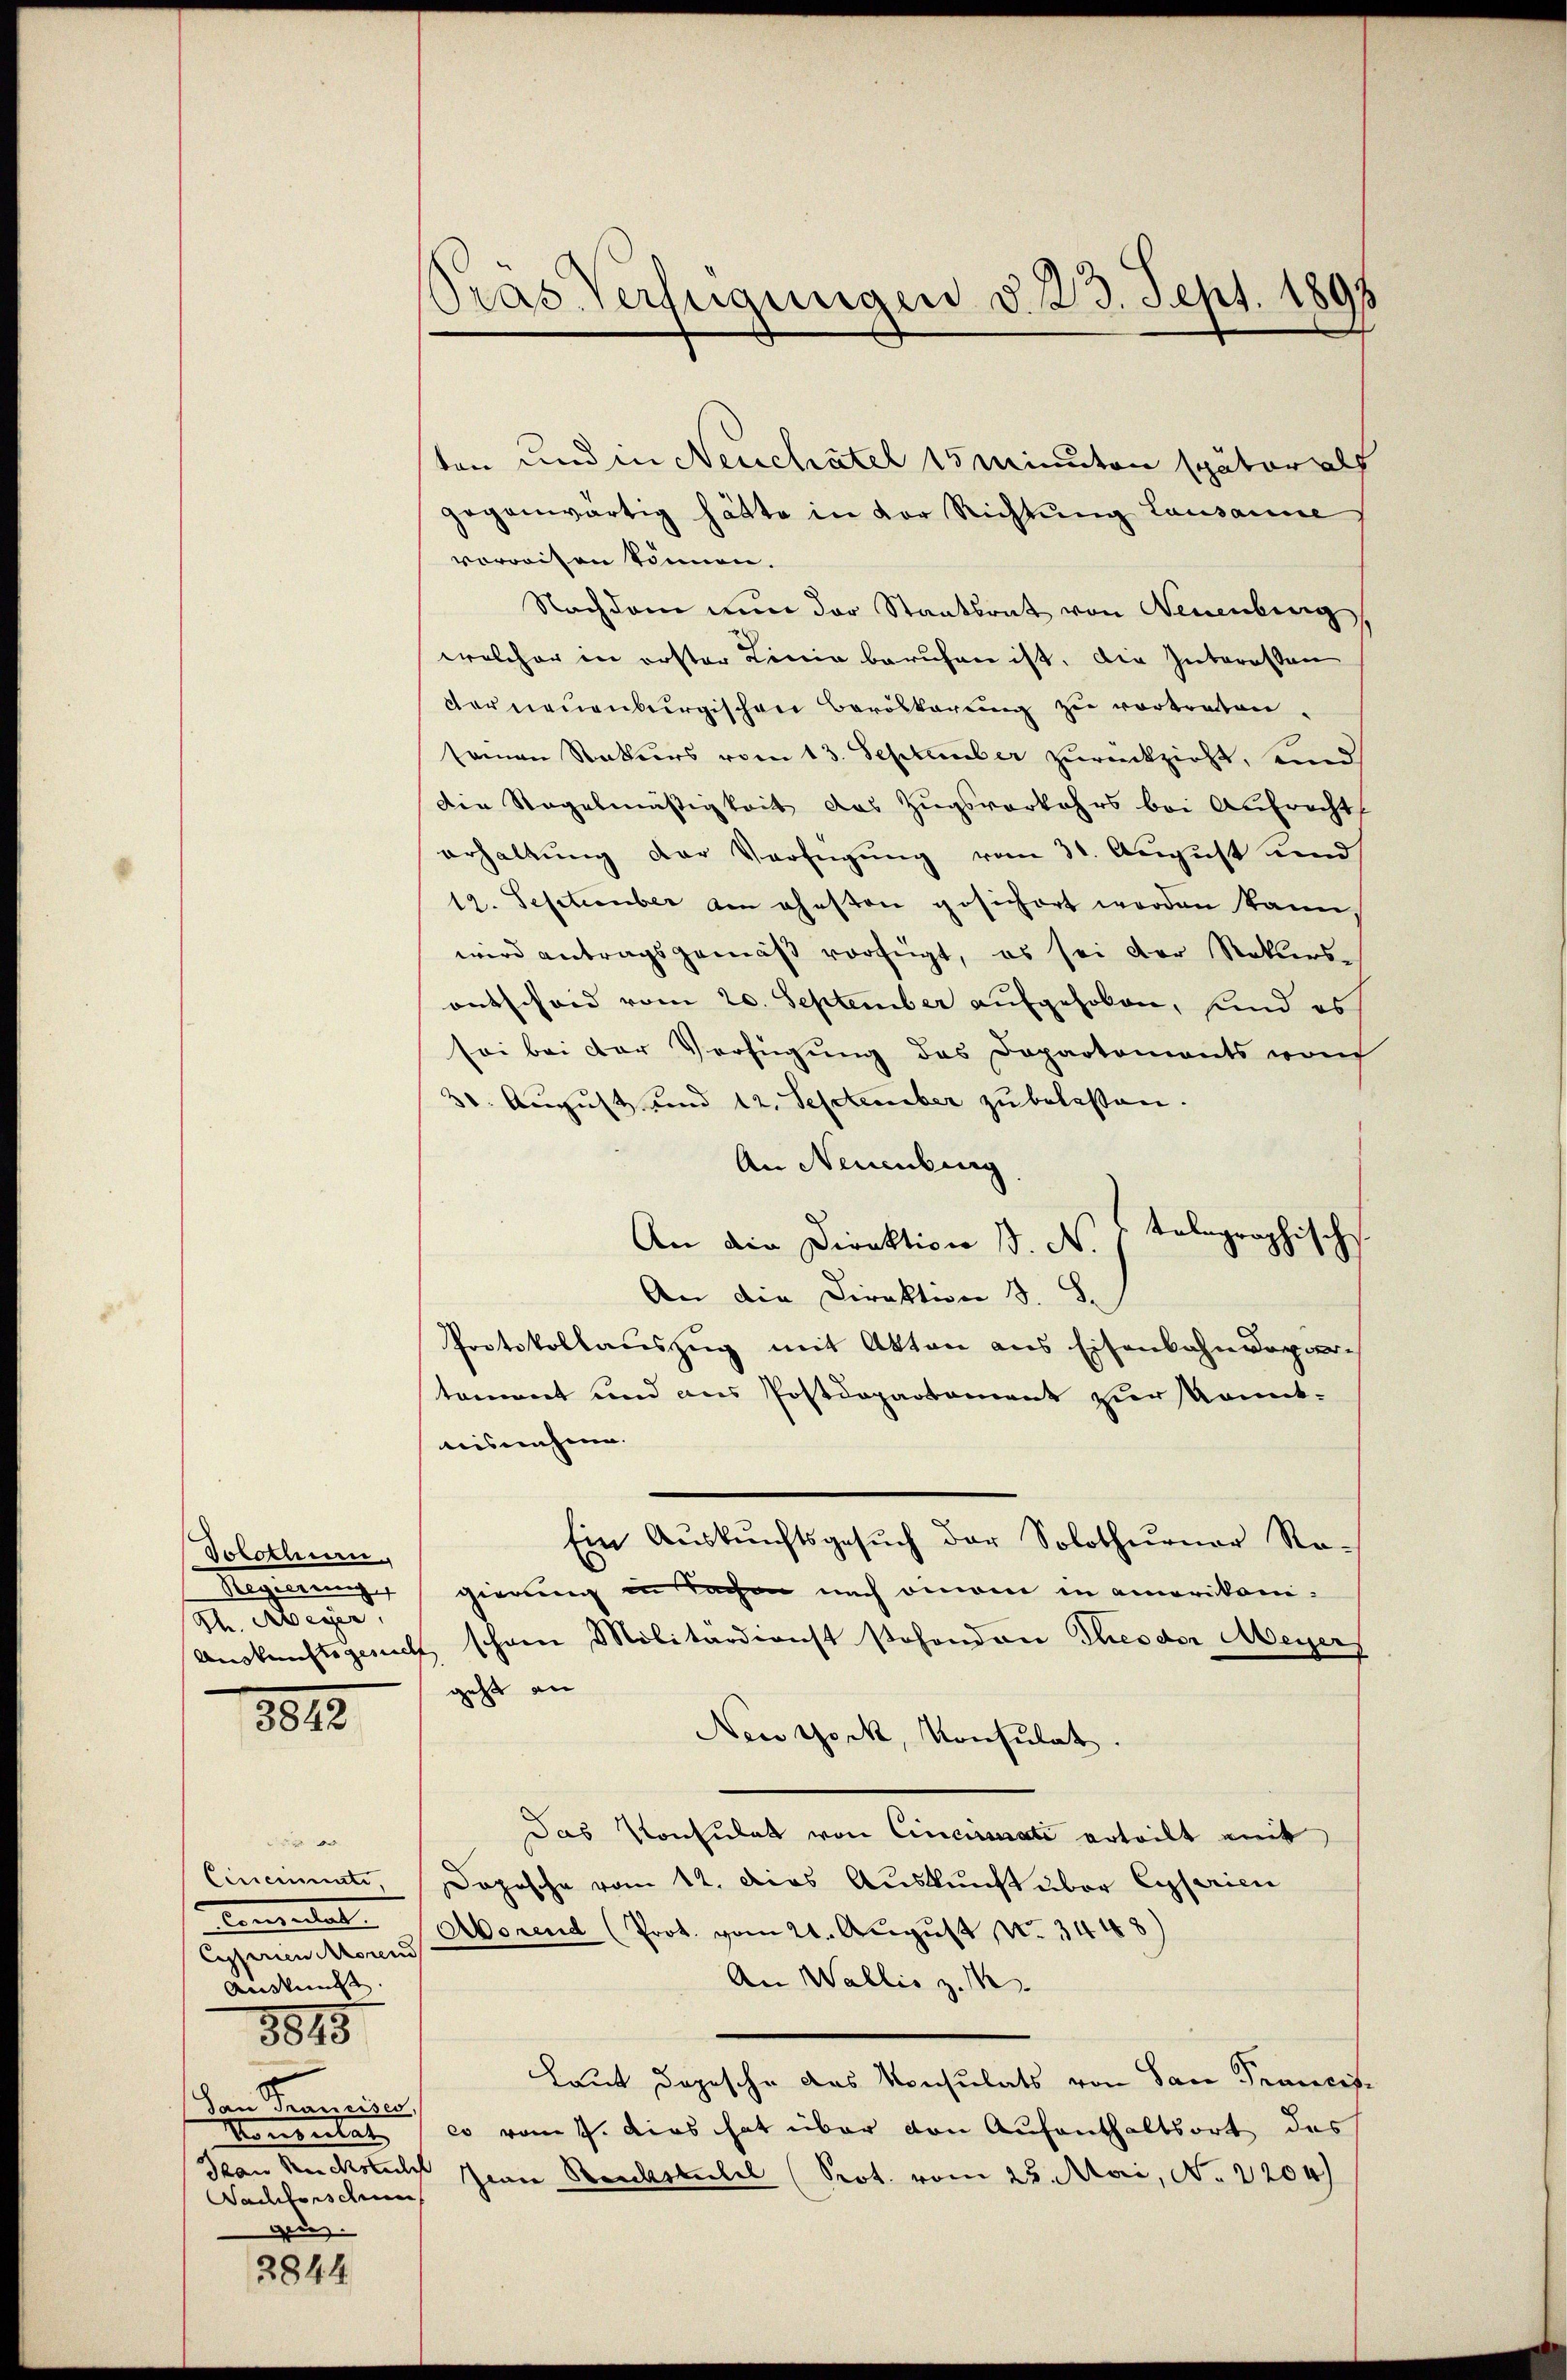
Solothurn.
Regierung
Th. Meyer,

1812.

die
Cincimente,
censeiten
Cassenen Ascend
And.
dan Francisen
Momentat
Sactors dem
ging.

3815

2844

ten und in Neuchâtel 15 Minuten später als
gegenwärtig hätte in der Richtung Lausanne
vorweisen können.
Nachdem nŭn der Staatsrat von Neuenburg,
welcher in erster Linie berufen ist. Die Interessen
derneuenburgischen Bevölkerung zu vortreten
semen Naturs vom 13. September zurückzieht, seind
Die Regelmäßigkeit das Zugsverkehrs bei Aufrecht
erhaltung der Verfügung vom 31. August und
12. September am ehesten gesichert worden kann,
wird antragsgemäß vorfügt, es sei der Rotters-
entschend vom 20. September aufgehoben, sind es
sei bei der Verfügung des Departements von
30. August und 12. September zu belassen.
An Neuenburg
tolographisch.
An die Direktion B. N.
An die Direktion d. S.
Protokollauszug mit Akten aus Eisenbahn vorartoment und aus Postdepartament zur kanntnisnahme. |
Ein Aŭskŭnftsgesŭch der Solothurner Re-
gierung in Sachen nach einem in amerikom¬
Auskunftsgericht schöne Militärdienst stehenden Theodor Meyer
geht an
New York, Konsulat
Das Konsulat von Cinciati erteilt mit
Dopesche vom 12. Dies Auskunft über Eiserien
Aorend (Prot. vom 21. August No. 3448)
An Wallis z. M
Laut dazusche das Konsulats von San Francis-
co vom 7. Dies hat über von Aufenthaltsort des
Jean Rückste Jenne Staubstitel (Prot. vom 25. Mai, No. 2204)

Pras Verfügungen d. 23. Sept. 1898